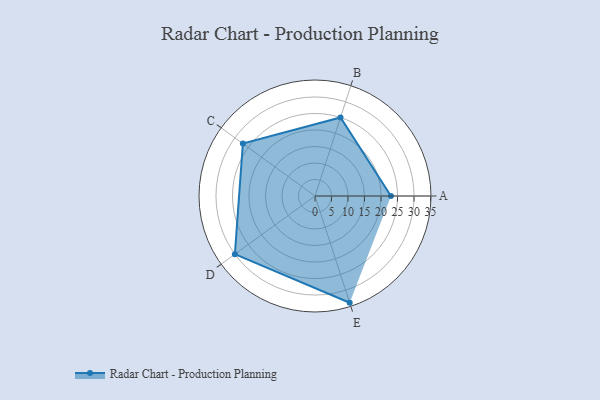
{"axis": {"x": "Skill", "y": "Score"}, "legend": ["Profile"], "data": [{"x": "A", "y": 23.0, "type": "Profile"}, {"x": "B", "y": 25.0, "type": "Profile"}, {"x": "C", "y": 27.0, "type": "Profile"}, {"x": "D", "y": 30.0, "type": "Profile"}, {"x": "E", "y": 34.0, "type": "Profile"}]}